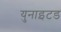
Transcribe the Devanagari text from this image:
युनाइटड